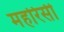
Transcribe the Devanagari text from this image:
महरिसी